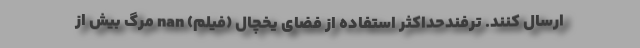
ارسال کنند. ترفندحداکثر استفاده از فضای یخچال (فیلم) nan مرگ بیش از